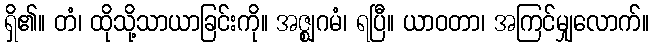
ရှိ၏။ တံ၊ ထိုသို့သာယာခြင်းကို။ အဇ္ဈဂမံ၊ ရပြီ။ ယာဝတာ၊ အကြင်မျှလောက်။